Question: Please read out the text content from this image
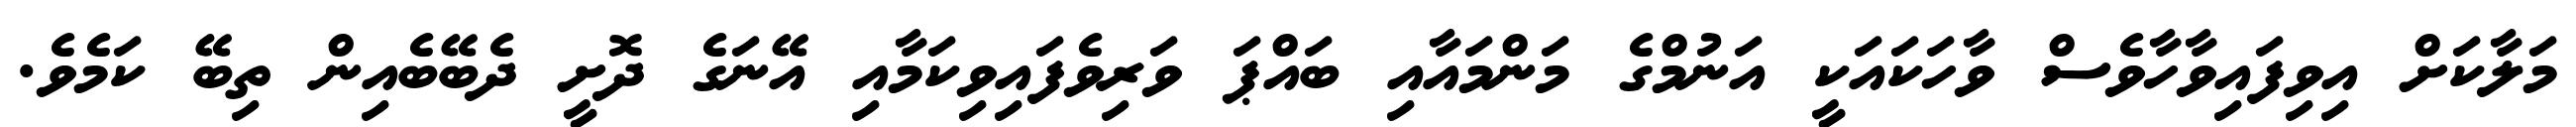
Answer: މަލާކަށް އިވިފައިވާހާވެސް ވާހަކައަކީ އަނުމްގެ މަންމައާއި ބައްޕަ ވަރިވެފައިވިކަމާއި އޭނަގެ ދޮށީ ދެބޭބެއިން ތިބޭ ކަމެވެ.